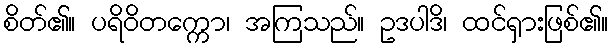
စိတ်၏။ ပရိဝိတက္ကော၊ အကြသည်။ ဥဒပါဒိ၊ ထင်ရှားဖြစ်၏။